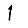
Digit: 1